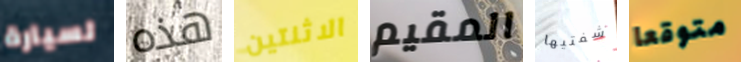
لسيارة هذه الاثنتين المقيم شفتيها متوقعا